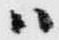
ハ